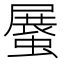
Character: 𧎰